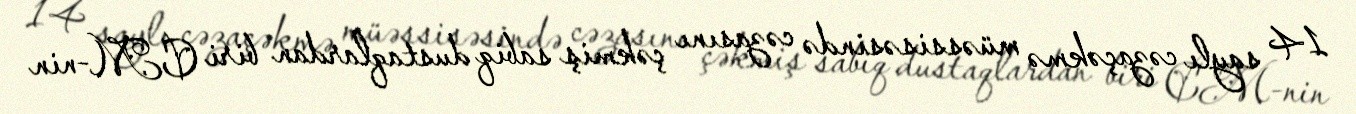
14 saylı cəzaçəkmə müəssisəsində cəzasını çəkmiş sabiq dustaqlardan biri CM-nin